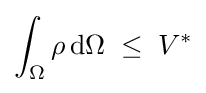
\int _{\Omega }\rho \,\mathrm {d} \Omega \;\leq \;V^{*}